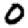
Digit: 0